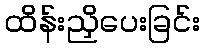
ထိန်းညှိပေးခြင်း